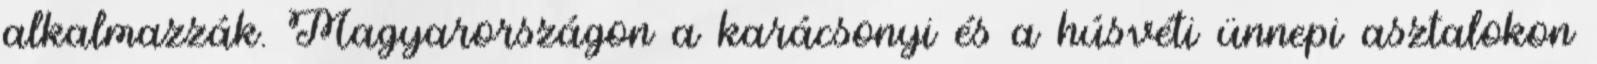
alkalmazzák. Magyarországon a karácsonyi és a húsvéti ünnepi asztalokon